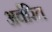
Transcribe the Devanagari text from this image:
अर्वरित